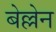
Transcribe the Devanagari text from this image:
बेल्लेन